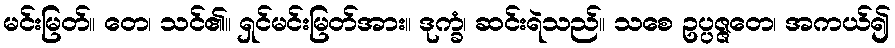
မင်းမြတ်။ တေ၊ သင်၏။ ရှင်မင်းမြတ်အား။ ဒုက္ခံ၊ ဆင်းရဲသည်။ သစေ ဥပ္ပဇ္ဇတေ၊ အကယ်၍